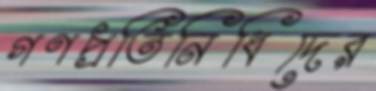
গণপ্রতিনিধিদের